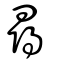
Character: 尋